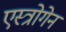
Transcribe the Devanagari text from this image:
एस्त्रोगेन